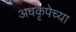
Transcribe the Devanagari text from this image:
अवकृपेच्या